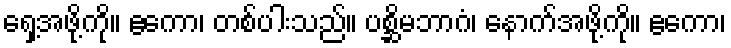
ရှေ့အဖို့ကို။ ဧကော၊ တစ်ပါးသည်။ ပစ္ဆိမဘာဂံ၊ နောက်အဖို့ကို။ ဧကော၊